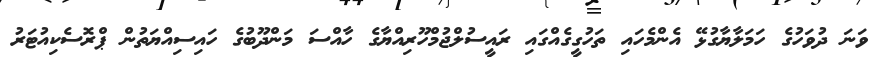
ވަނަ ދުވަހުގެ ހަމަލާޔާގުޅޭ އެންމެހައި ތަހުގީގެއްގައި ރައީސުލްޖުމްހޫރިއްޔާގެ ހާއްސަ މަންދޫބުގެ ހައިސިއްޔަތުން ޕްރޮސެކިއުޓަރު